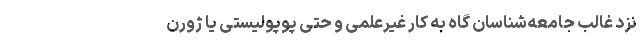
نزد غالب جامعه‌شناسان گاه به کار غیر‌علمی و حتی پوپولیستی یا ژورن